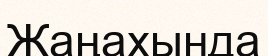
Жаңахында